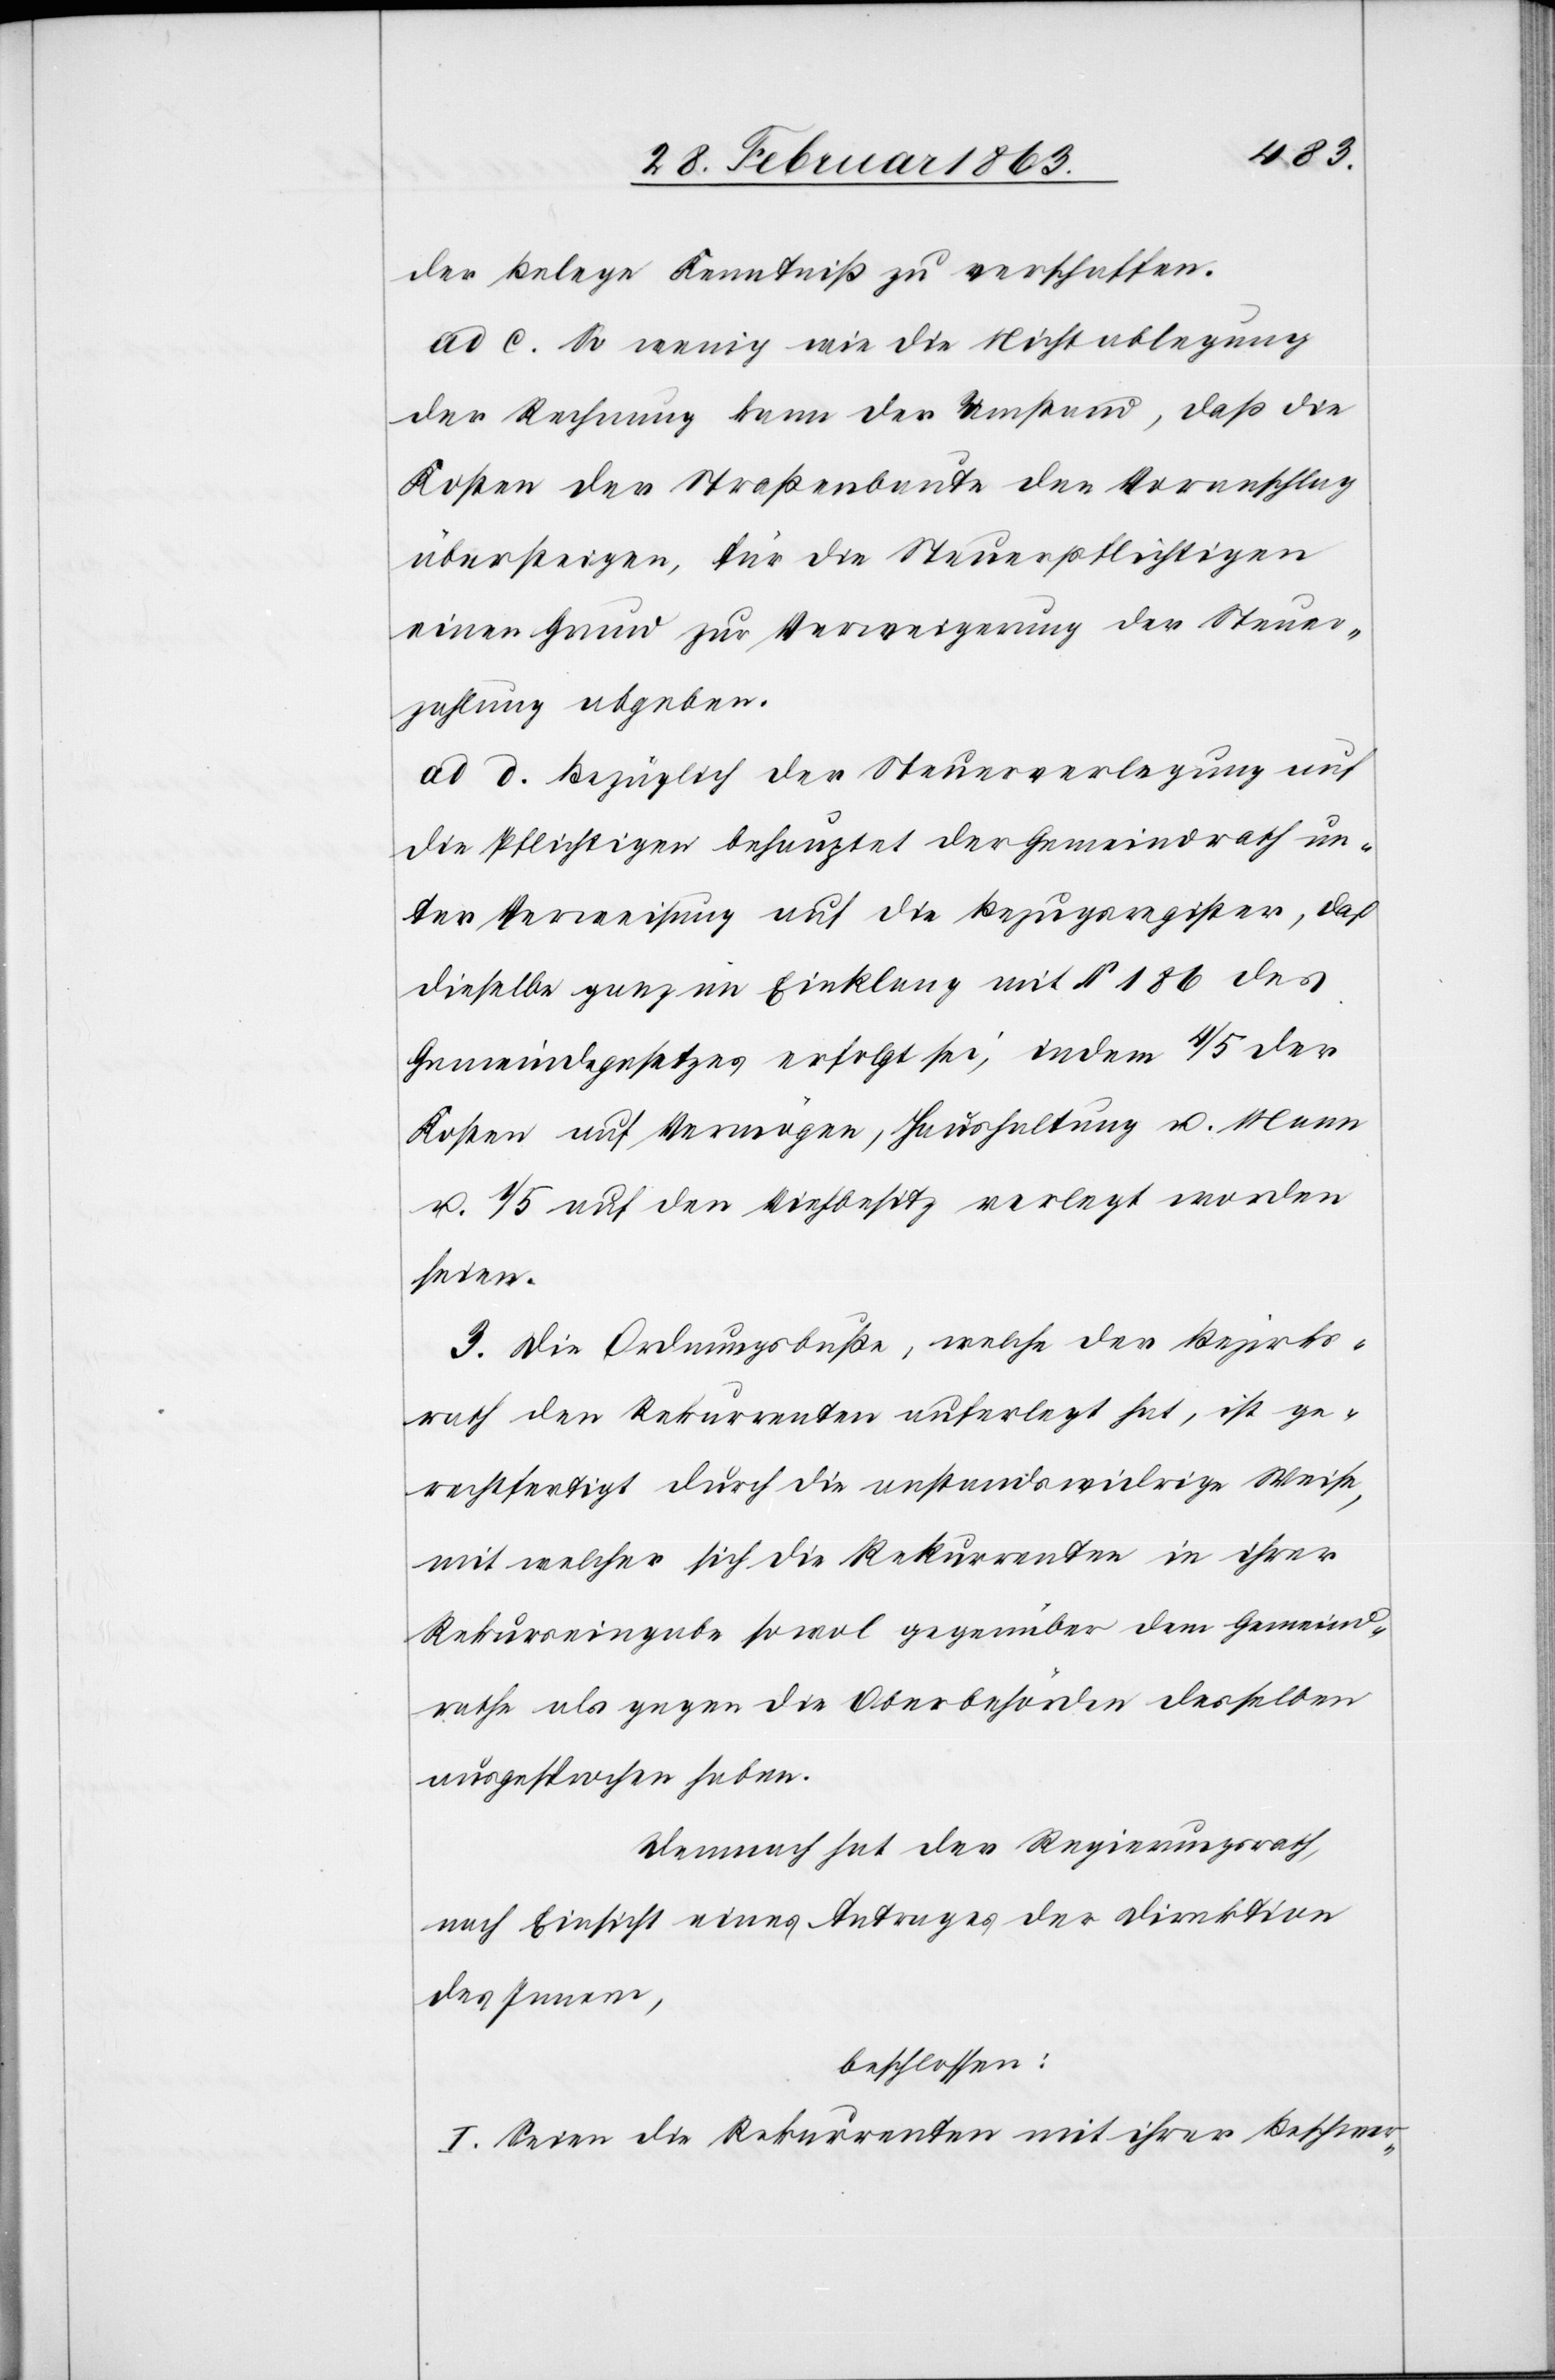
der Belege Kenntniß zu verschaffen.
ad c. So wenig wie die Nichtablegung
der Rechnung kann der Umstand, daß die
Kosten der Straßenbaute den Voranschlag
übersteigen, für die Steuerpflichtigen
einen Grund zur Verweigerung der Steuer¬
zahlung abgeben.
ad d. Bezüglich der Steuerverlegung auf
die Pflichtigen behauptet der Gemeindrath un¬
ter Verweisung auf die Bezugsregister, daß
dieselbe ganz im Einklang mit § 186 des
Gemeindegesetzes erfolgt sei, indem 4/5 der
Kosten auf Vermögen, Hauthaltung u. Mann
u. 1/5 auf den Viehbesitz verlegt worden
seien.
3. Die Ordnungsbuße, welche der Bezirks¬
rath den Rekurrenten auferlegt hat, ist ge¬
rechtfertigt durch die anstandswidrige Weise,
mit welcher sich die Rekurrenten in ihrer
Rekurseingabe sowol gegenüber dem Gemeind¬
rathe als gegen die Oberbehörden desselben
ausgesprochen haben.
Demnach hat der Regierungsrath,
nach Einsicht eines Antrages der Direktion
des Innern,
beschlossen:
I. Seien die Rekurrenten mit ihrer Beschwer-